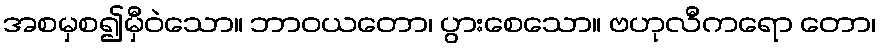
အစမှစ၍မှီဝဲသော။ ဘာဝယတော၊ ပွားစေသော။ ဗဟုလီကရော တော၊